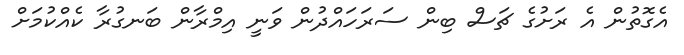
އެގޮތުން އެ ރަށުގެ ޗަސް ބިން ސަރަހައްދުން ވަނީ އިމްރާން ބަނގުރާ ކެއްކުމަށް